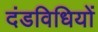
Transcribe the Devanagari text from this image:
दंडविधियों